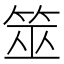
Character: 筮